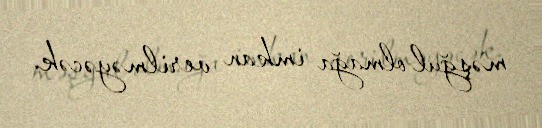
məşğul olmağa imkan verilməyəcək.